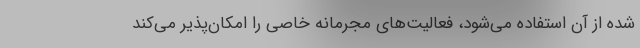
شده از آن استفاده می‌شود، فعالیت‌های مجرمانه خاصی را امکان‌پذیر می‌کند